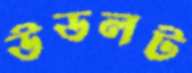
উডলট